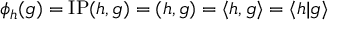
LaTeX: \phi _ { h } ( g ) = { \mathrm { I P } } ( h , g ) = ( h , g ) = \langle h , g \rangle = \langle h | g \rangle